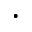
\cdot